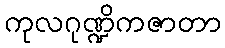
ကုလဂုဏ္ဍိကဇာတာ